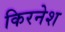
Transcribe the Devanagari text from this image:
किरनेश